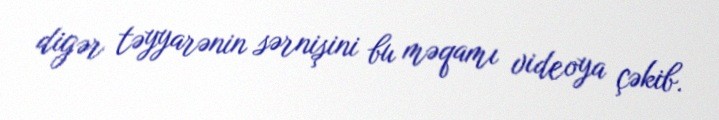
digər təyyarənin sərnişini bu məqamı videoya çəkib.